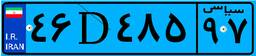
۴۶D۴۸۵۹۷